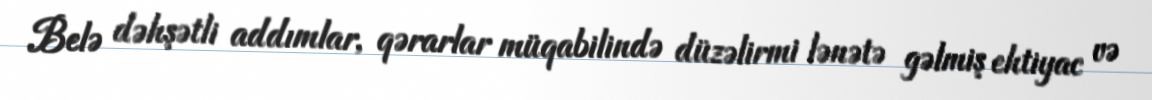
Belə dəhşətli addımlar, qərarlar müqabilində düzəlirmi lənətə gəlmiş ehtiyac və